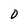
Character: D